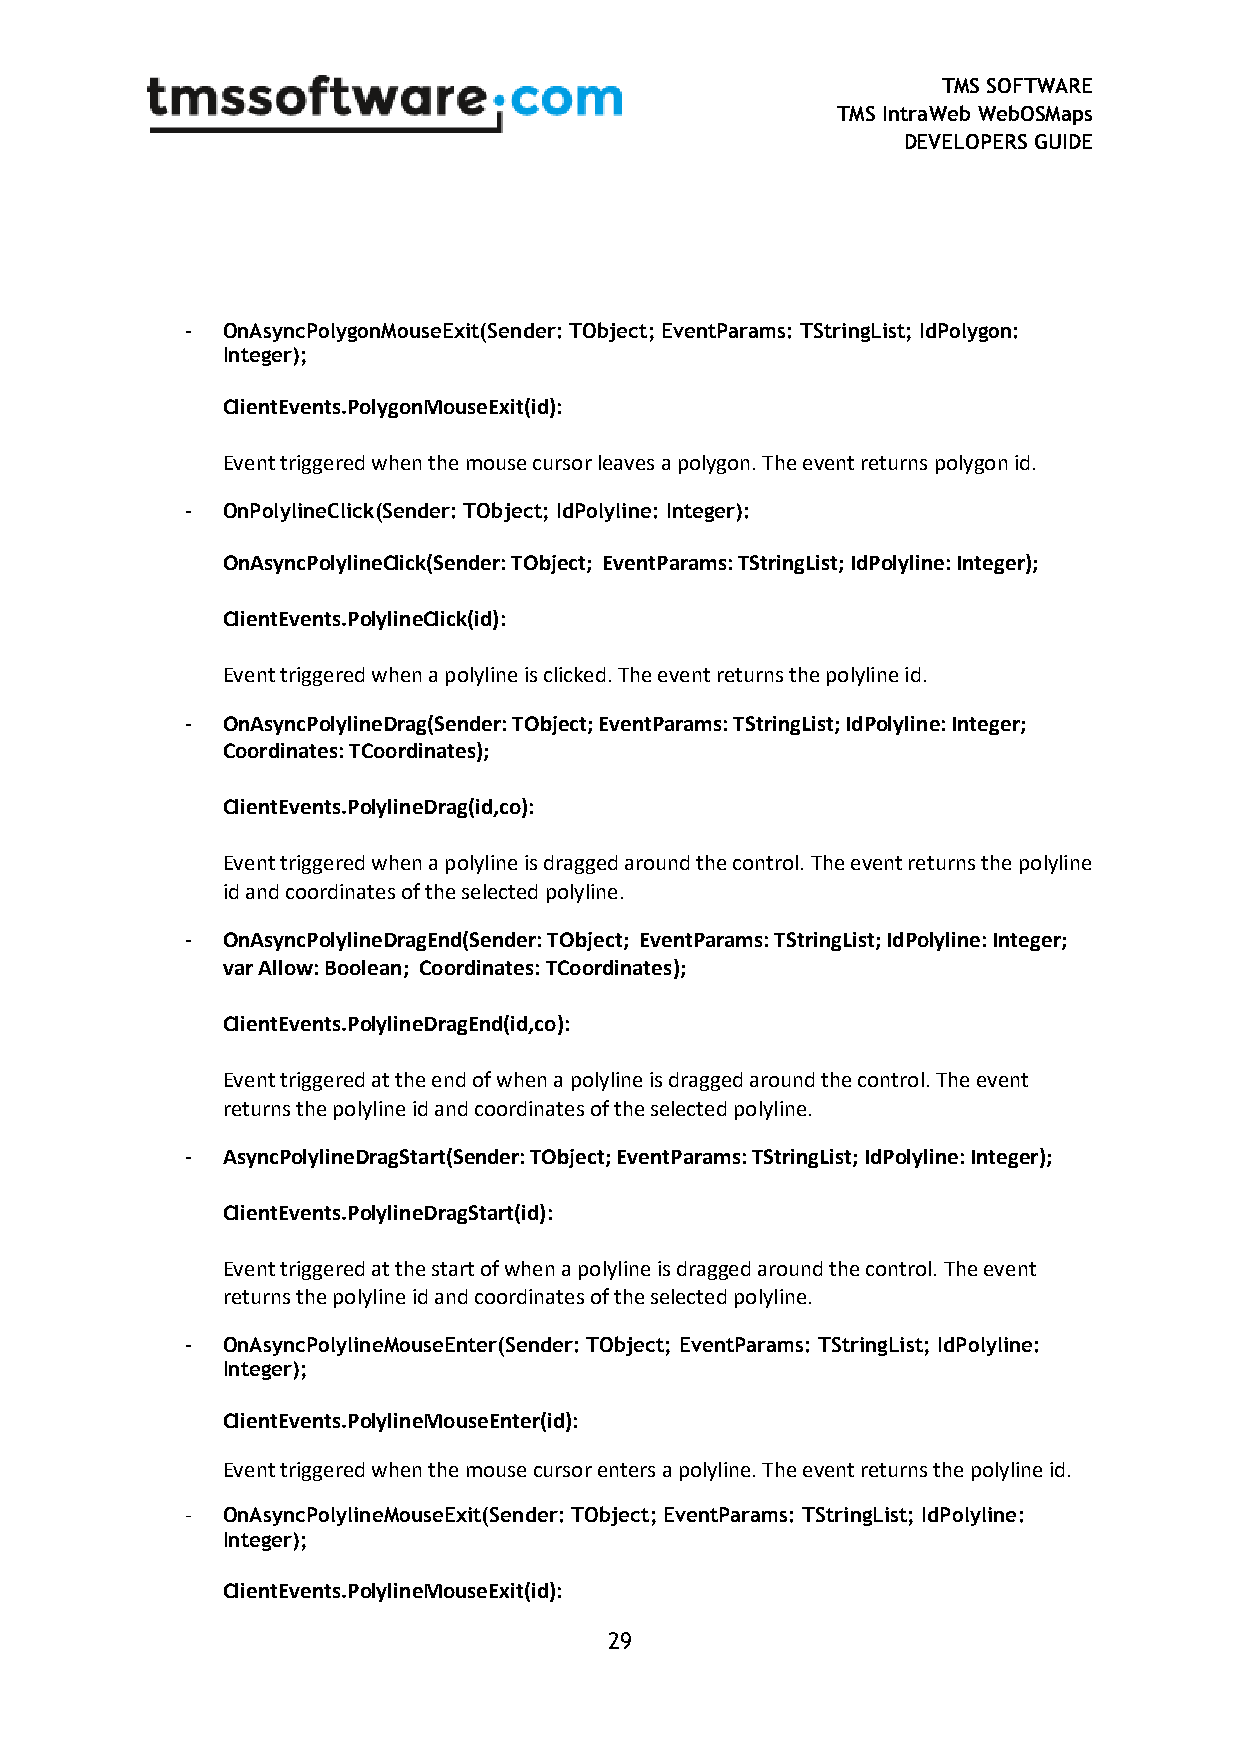
TMS SOFTWARE
 TMS IntraWeb WebOSMaps
 DEVELOPERS GUIDE
 -  OnAsyncPolygonMouseExit(Sender: TObject; EventParams: TStringList; IdPolygon:
 Integer);
 ClientEvents.PolygonMouseExit(id):
 Event triggered when the mouse cursor leaves a polygon. The event returns polygon id.
 -  OnPolylineClick(Sender: TObject; IdPolyline: Integer):
 OnAsyncPolylineClick(Sender: TObject; EventParams: TStringList; IdPolyline: Integer);
 ClientEvents.PolylineClick(id):
 Event triggered when a polyline is clicked. The event returns the polyline id.
 -  OnAsyncPolylineDrag(Sender: TObject; EventParams: TStringList; IdPolyline: Integer;
 Coordinates: TCoordinates);
 ClientEvents.PolylineDrag(id,co):
 Event triggered when a polyline is dragged around the control. The event returns the polyline
 id and coordinates of the selected polyline.
 -  OnAsyncPolylineDragEnd(Sender: TObject; EventParams: TStringList; IdPolyline: Integer;
 var Allow: Boolean; Coordinates: TCoordinates);
 ClientEvents.PolylineDragEnd(id,co):
 Event triggered at the end of when a polyline is dragged around the control. The event
 returns the polyline id and coordinates of the selected polyline.
 -  AsyncPolylineDragStart(Sender: TObject; EventParams: TStringList; IdPolyline: Integer);
 ClientEvents.PolylineDragStart(id):
 Event triggered at the start of when a polyline is dragged around the control. The event
 returns the polyline id and coordinates of the selected polyline.
 -  OnAsyncPolylineMouseEnter(Sender: TObject; EventParams: TStringList; IdPolyline:
 Integer);
 ClientEvents.PolylineMouseEnter(id):
 Event triggered when the mouse cursor enters a polyline. The event returns the polyline id.
 -  OnAsyncPolylineMouseExit(Sender: TObject; EventParams: TStringList; IdPolyline:
 Integer);
 ClientEvents.PolylineMouseExit(id):
 29